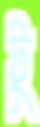
টু